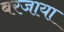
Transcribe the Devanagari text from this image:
बरजाया